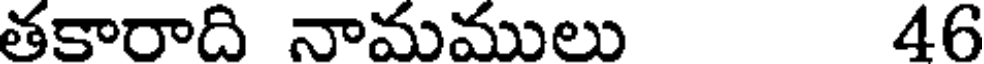
తకారాది నామములు 46